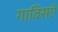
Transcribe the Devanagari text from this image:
गाविसऍ